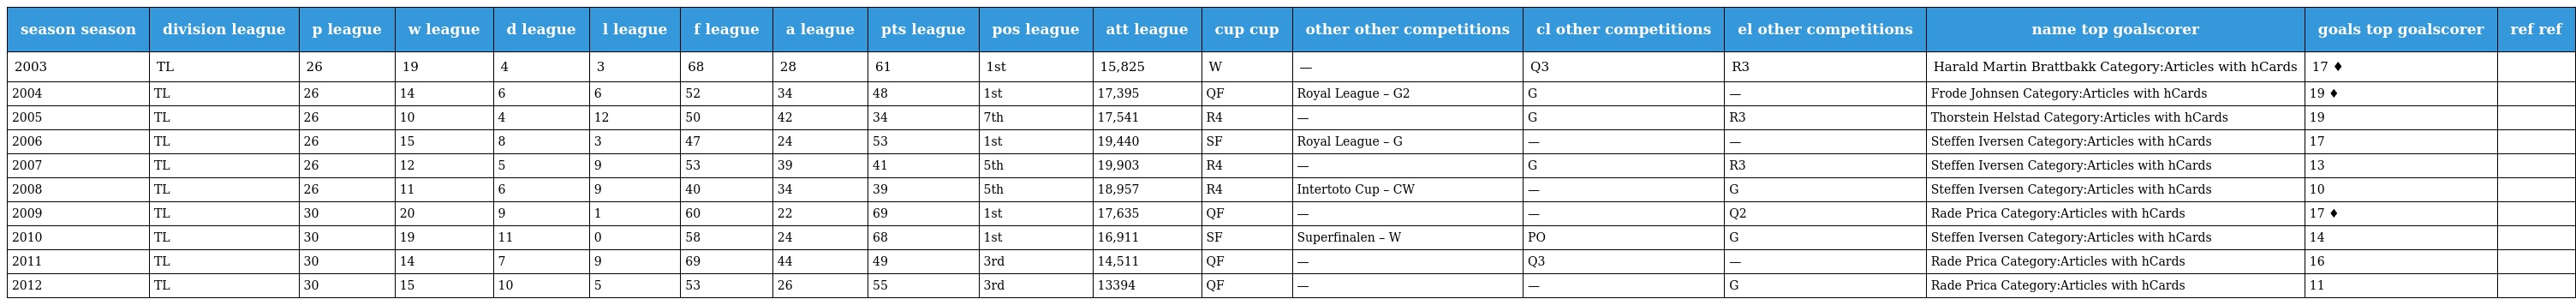
| season season | division league | p league | w league | d league | l league | f league | a league | pts league | pos league | att league | cup cup | other other competitions | cl other competitions | el other competitions | name top goalscorer | goals top goalscorer | ref ref |
 | --- | --- | --- | --- | --- | --- | --- | --- | --- | --- | --- | --- | --- | --- | --- | --- | --- | --- |
 | 2003 | TL | 26 | 19 | 4 | 3 | 68 | 28 | 61 | 1st | 15,825 | W | — | Q3 | R3 | Harald Martin Brattbakk Category:Articles with hCards | 17 ♦ |  |
 | 2004 | TL | 26 | 14 | 6 | 6 | 52 | 34 | 48 | 1st | 17,395 | QF | Royal League – G2 | G | — | Frode Johnsen Category:Articles with hCards | 19 ♦ |  |
 | 2005 | TL | 26 | 10 | 4 | 12 | 50 | 42 | 34 | 7th | 17,541 | R4 | — | G | R3 | Thorstein Helstad Category:Articles with hCards | 19 |  |
 | 2006 | TL | 26 | 15 | 8 | 3 | 47 | 24 | 53 | 1st | 19,440 | SF | Royal League – G | — | — | Steffen Iversen Category:Articles with hCards | 17 |  |
 | 2007 | TL | 26 | 12 | 5 | 9 | 53 | 39 | 41 | 5th | 19,903 | R4 | — | G | R3 | Steffen Iversen Category:Articles with hCards | 13 |  |
 | 2008 | TL | 26 | 11 | 6 | 9 | 40 | 34 | 39 | 5th | 18,957 | R4 | Intertoto Cup – CW | — | G | Steffen Iversen Category:Articles with hCards | 10 |  |
 | 2009 | TL | 30 | 20 | 9 | 1 | 60 | 22 | 69 | 1st | 17,635 | QF | — | — | Q2 | Rade Prica Category:Articles with hCards | 17 ♦ |  |
 | 2010 | TL | 30 | 19 | 11 | 0 | 58 | 24 | 68 | 1st | 16,911 | SF | Superfinalen – W | PO | G | Steffen Iversen Category:Articles with hCards | 14 |  |
 | 2011 | TL | 30 | 14 | 7 | 9 | 69 | 44 | 49 | 3rd | 14,511 | QF | — | Q3 | — | Rade Prica Category:Articles with hCards | 16 |  |
 | 2012 | TL | 30 | 15 | 10 | 5 | 53 | 26 | 55 | 3rd | 13394 | QF | — | — | G | Rade Prica Category:Articles with hCards | 11 |  |